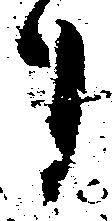
り